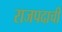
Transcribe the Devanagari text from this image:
राजपदाची